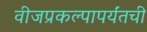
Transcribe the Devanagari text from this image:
वीजप्रकल्पापर्यंतची